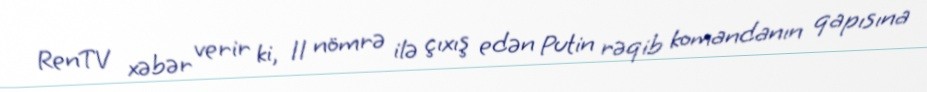
RenTV xəbər verir ki, 11 nömrə ilə çıxış edən Putin rəqib komandanın qapısına